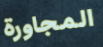
المجاورة